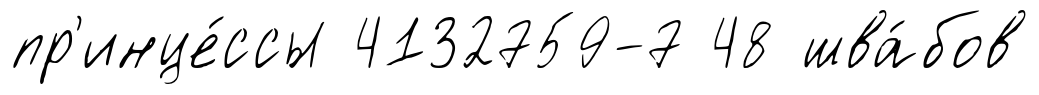
пр'инце́ссы 4132759-7 48 шва́бов